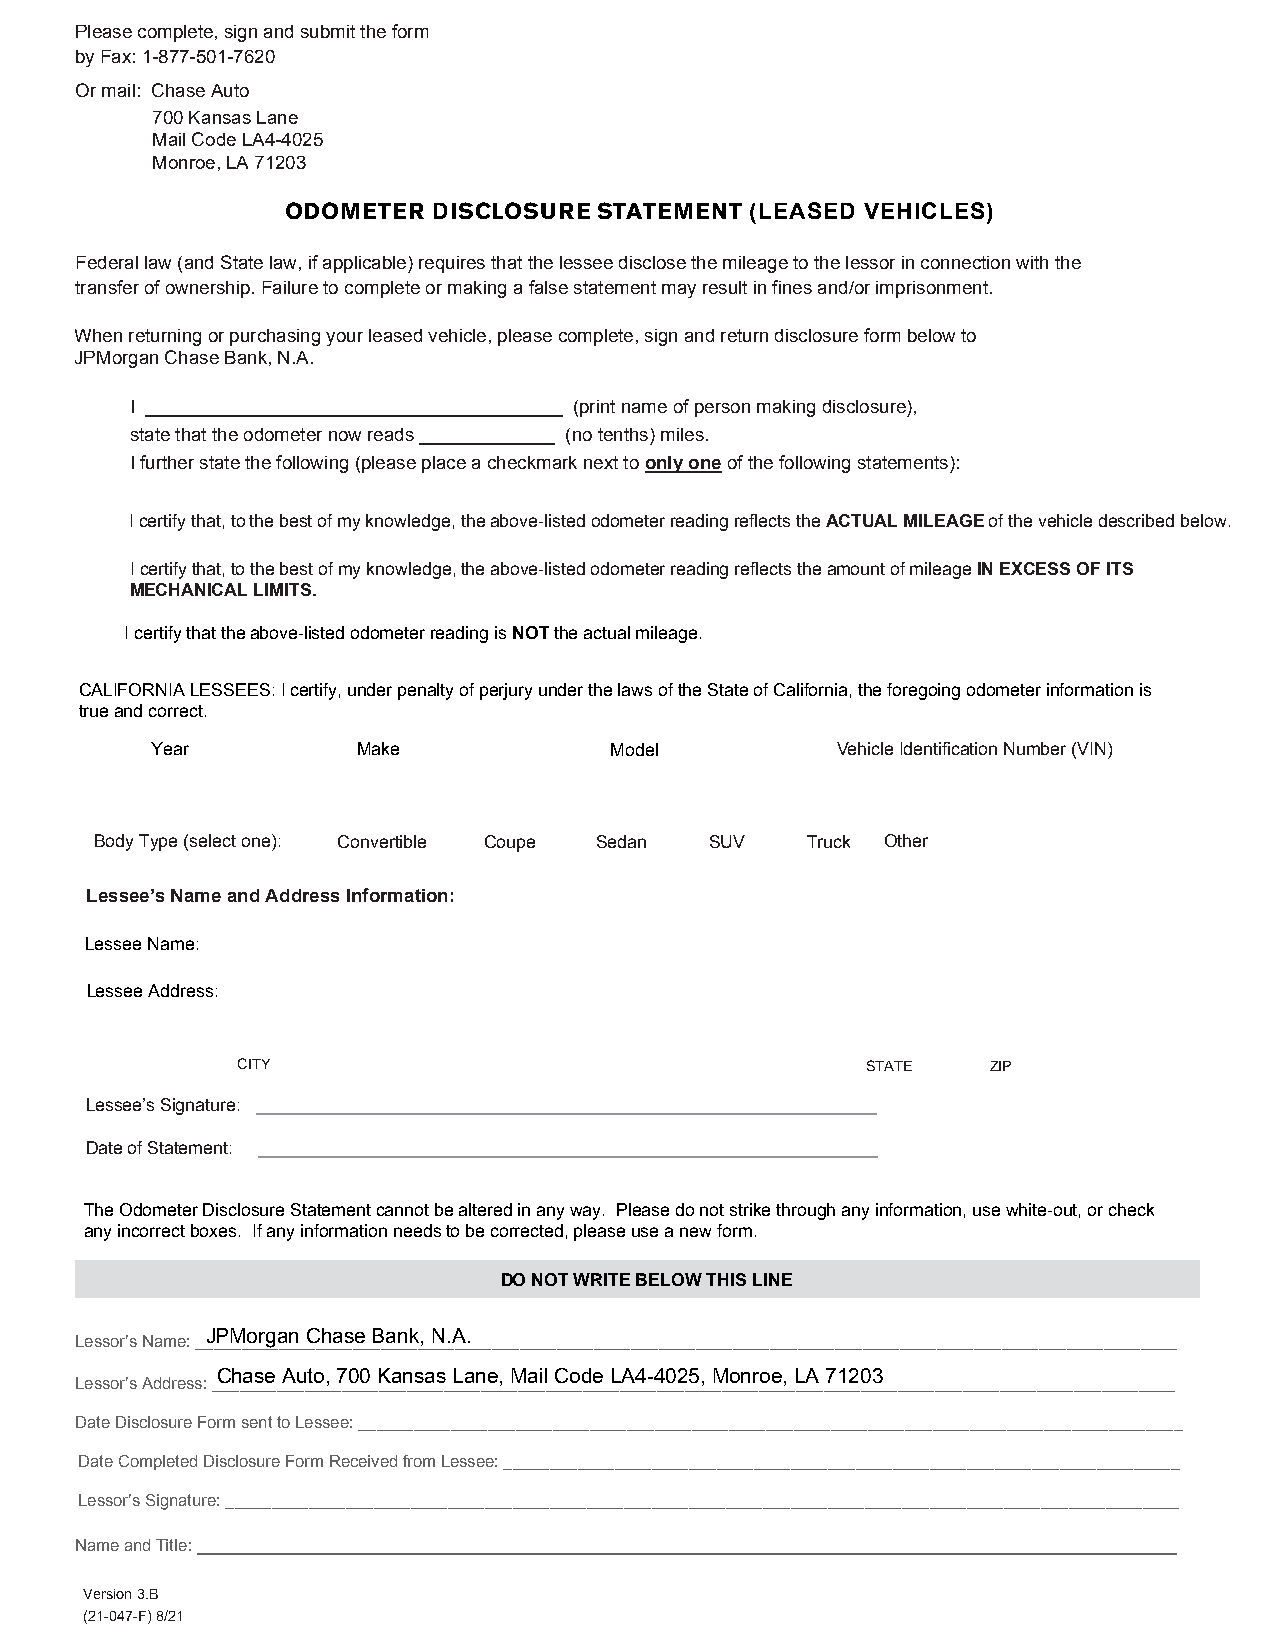
Please complete, sign and submit the form
 by Fax: 1-877-501-7620
 Or mail: Chase Auto
 700 Kansas Lane
 Mail Code LA4-4025
 Monroe, LA 71203
 ODOMETER  DISCLOSURE STATEMENT (LEASED VEHICLES)
 Federal law (and State law, if applicable) requires that the lessee disclose the mileage to the lessor in connection with the
 transfer of ownership. Failure to complete or making a false statement may result in fines and/or imprisonment.
 When returning or purchasing your leased vehicle, please complete, sign and return disclosure form below to
 JPMorgan Chase Bank, N.A.
 I ________________________________________ (print name of person making disclosure),
 state that the odometer now reads _____________ (no tenths) miles.
 I further state the following (please place a checkmark next to only one of the following statements):
 I certify that, to the best of my knowledge, the above-listed odometer reading reflects the ACTUAL MILEAGE of the vehicle described below.
 I certify that, to the best of my knowledge, the above-listed odometer reading reflects the amount of mileage IN EXCESS OF ITS
 MECHANICAL LIMITS.
 I certify that the above-listed odometer reading is NOT the actual mileage.
 CALIFORNIA LESSEES: I certify, under penalty of perjury under the laws of the State of California, the foregoing odometer information is
 true and correct.
 Year          Make            Model          Vehicle Identification Number (VIN)
 Body Type (select one): Convertible Coupe Sedan SUV Truck Other
 Lessee’ s Name and Address Information:HICLE
 Lessee N ame:
 Lessee Address:
 CITY                                     STATE    ZIP
 Lessee’s Signature: _______________________________________________________________
 Date of Statement: _______________________________________________________________
 The Odometer Disclosure Statement cannot be altered in any way. Please do not strike through any information, use white-out, or check
 any incorrect boxes. If any information needs to be corrected, please use a new form.
 DO NOT WRITE BELOW THIS LINE
 Lessor’s Name:
 __J _P _M __o _r _g _a __n
 _
 _C _h _a __s _e
 _
 _B _a _n __k _, _N __.A __.
 ____________________________________________________________________________
 Lessor’s Address:
 _C __h _a _s _e
 __
 A __u _t _o _, _7 _0 __0
 _
 K __a _n _s __a _s
 _
 _L _a _n _e __, _M __a _il
 _
 _C _o _d __e
 _
 _L _A _4 __-4 __0 _2 _5 _,
 _
 _M _o __n _r _o _e _,
 _
 L __A
 _
 _7 _1 _2 __0 _3
 ________________________________
 Date Disclosure Form sent to Lessee: _________________________________________________________________________________________
 Date Completed Disclosure Form Received from Lessee: _________________________________________________________________________
 Lessor’s Signature: _______________________________________________________________________________________________________
 Name and Title: ______________________________________________________________________________________________
 Version 3.B
 (21-047-F) 8/21